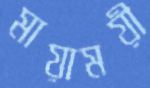
মায়াময়ী